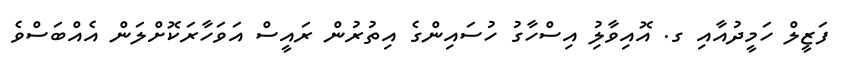
ފަޒީލް ހަމީދުއާއި ގ. އޮއިވާލިު އިސްހާގު ހުސައިންގެ އިތުރުން ރައީސް އަވަހާރަކޮށްލަން އެއްބަސްވެ